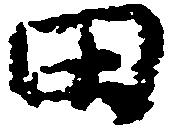
田